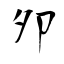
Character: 夘